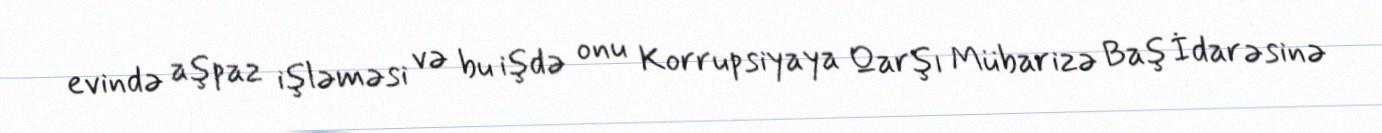
evində aşpaz işləməsi və bu işdə onu Korrupsiyaya Qarşı Mübarizə Baş İdarəsinə